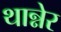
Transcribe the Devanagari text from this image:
थान्नेर